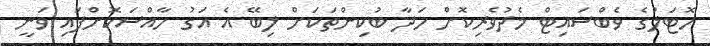
ހޮޓަލުގެ ވެބްސައިޓް މެދުވެރިކޮށް ހަދާ ބުކިންތަކަށް ލިބޭ އެ އަގު ހާއްސަކޮށްފައި ވަނީ